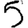
Digit: 5